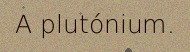
A plutónium.